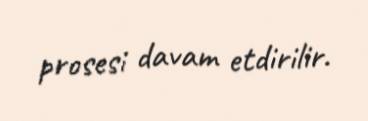
prosesi davam etdirilir.